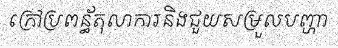
ក្រៅប្រពន្ធ័តុលាការនិងជួយសម្រួលបញ្ហា